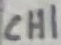
Text: CH1